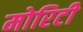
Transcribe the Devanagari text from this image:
मोरिटी